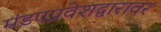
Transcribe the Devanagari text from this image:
मंडपप्रवेशद्वारावर